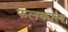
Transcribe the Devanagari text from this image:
फलकाल